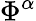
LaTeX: \Phi^{\alpha}